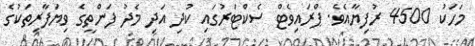
މަހަކު 4500 ރުފިޔާއެވެ. ޕްރައިވެޓް ސެކްޓަރުގައި ކުދި އަދި މެދު ފަންތީގެ ވިޔަފާރިތަކުގެ